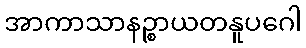
အာကာသာနဉ္စာယတနူပဂေါ